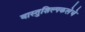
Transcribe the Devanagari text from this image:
वास्तुशिल्पकलेचे